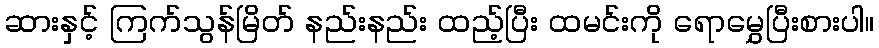
ဆားနှင့် ကြက်သွန်မြိတ် နည်းနည်း ထည့်ပြီး ထမင်းကို ရောမွှေပြီးစားပါ။